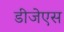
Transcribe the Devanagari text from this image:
डीजेएस